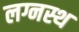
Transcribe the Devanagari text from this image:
लग्नस्थ